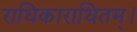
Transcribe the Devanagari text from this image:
राधिकाराधितम्।